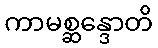
ကာမစ္ဆန္ဒောတိ